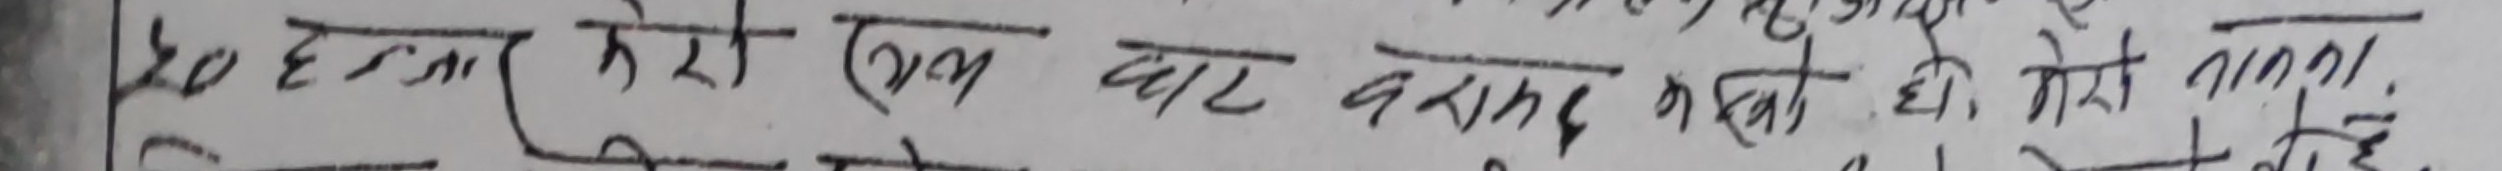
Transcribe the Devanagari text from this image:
२० हजार रुपैया एक घाट बामद कसको हो, कोही जान्दैन।